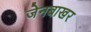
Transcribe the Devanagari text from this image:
जेनबाखर